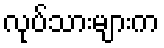
လုပ်သားများက